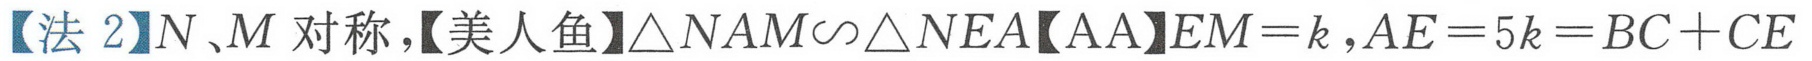
【法 2】\(N、M\) 对称，【美人鱼】\(\triangle NAM\sim\triangle NEA\)【AA】\(EM = k\)，\(AE = 5k=BC + CE\)